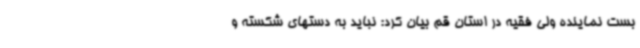
بست نماینده ولی فقیه در استان قم بیان کرد: نباید به دستهای شکسته و